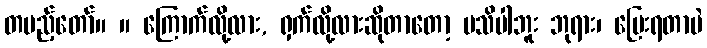
တပည့်တော်။ ။ ကြောက်လို့လား, ရှက်လို့လားဆိုတာတော့ မသိပါဘူး ဘုရား၊ ပြေးရတာပဲ